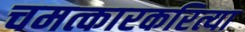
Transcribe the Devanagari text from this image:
चमत्कारकरित्या